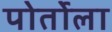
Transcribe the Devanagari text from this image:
पोर्तोला